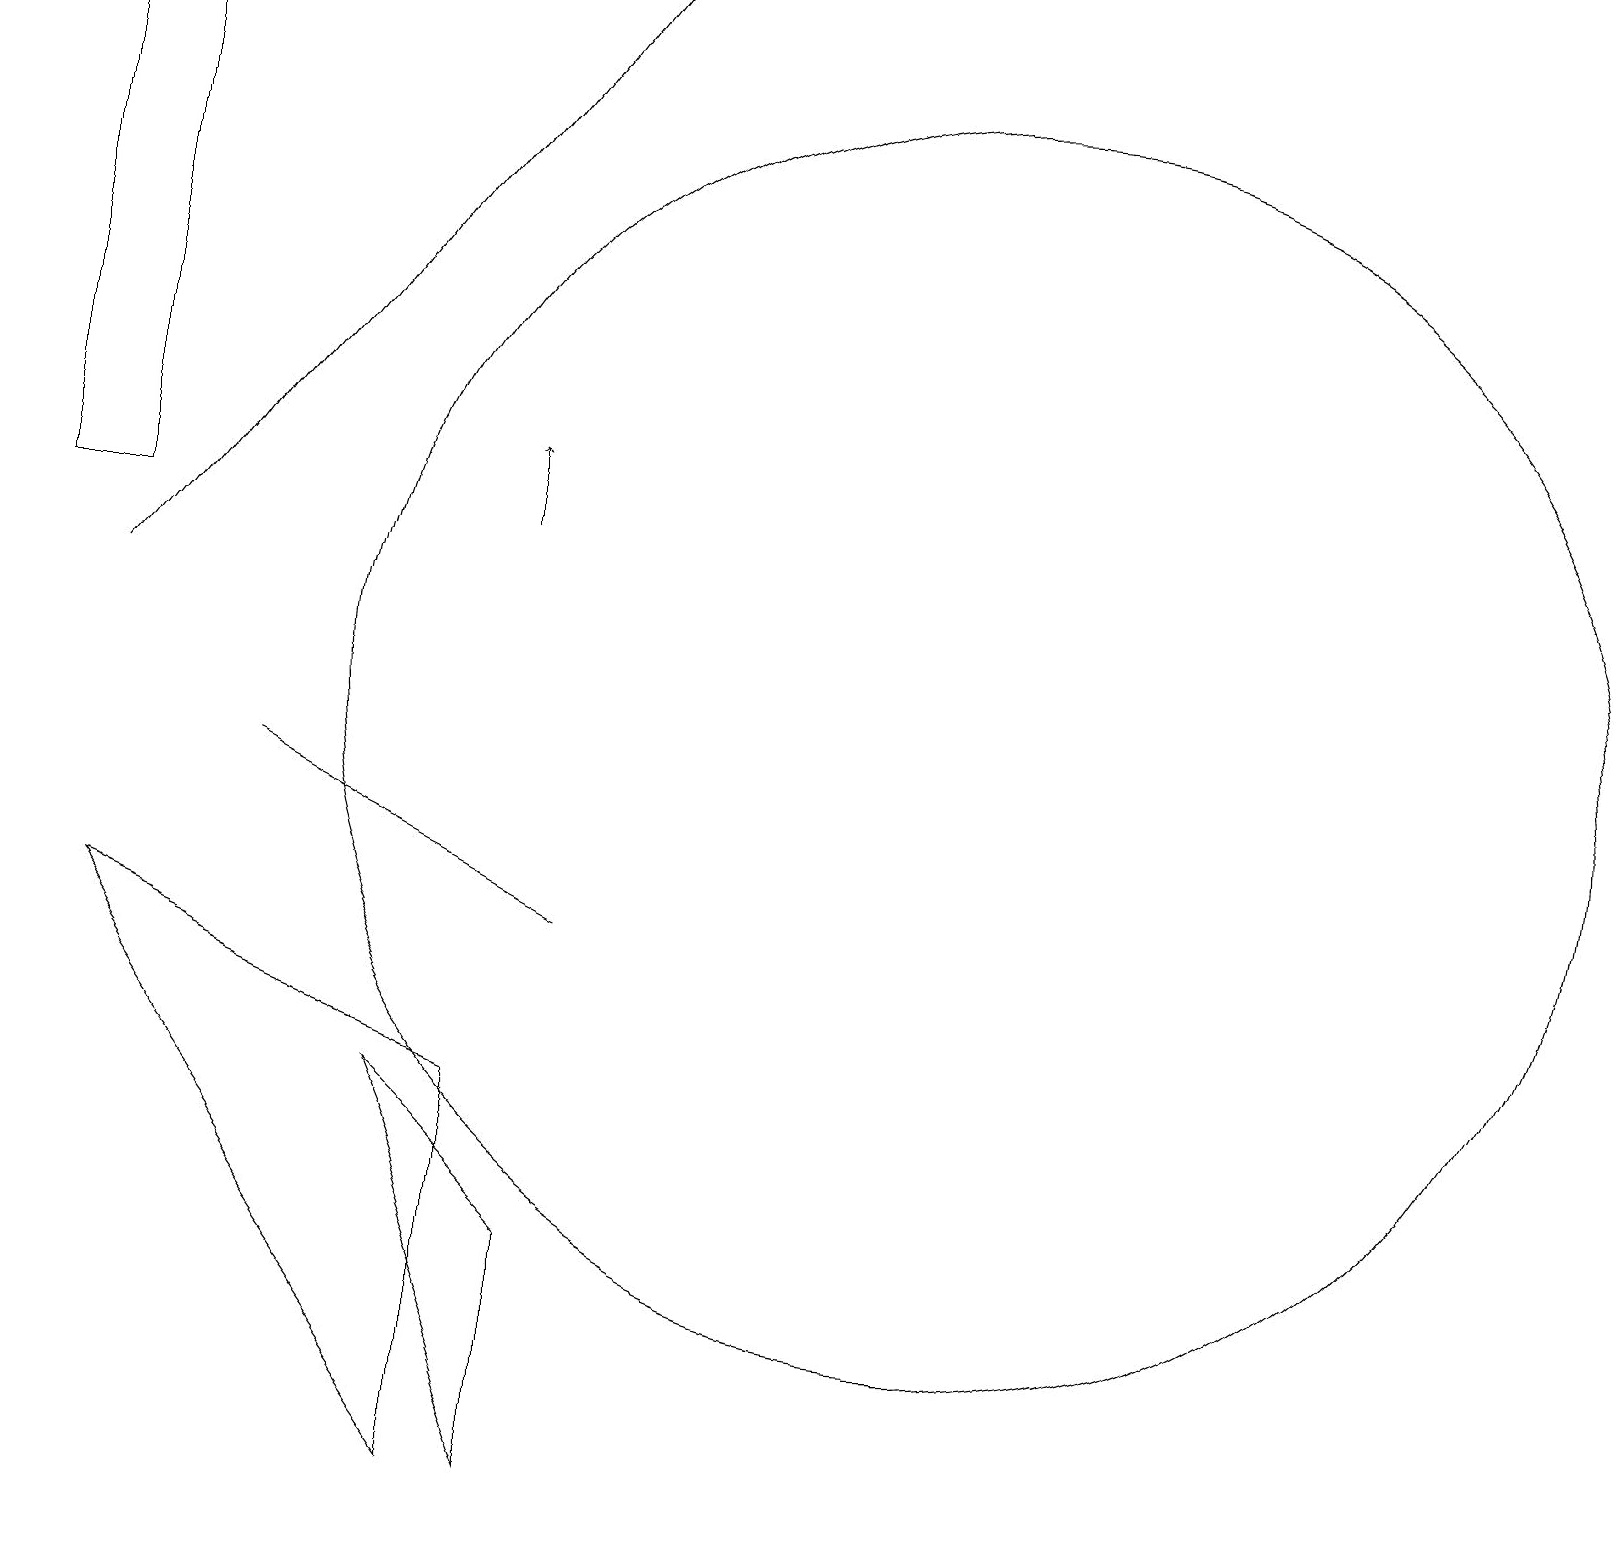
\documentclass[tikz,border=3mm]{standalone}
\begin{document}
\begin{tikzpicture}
\draw (7,7) -- (3,9) -- (5,8) -- cycle;
\draw[->] (6,12) -- (6,13);
\draw[->] (1,11) -- (7,19);
\draw (7,3) -- (7,0) -- (5,5) -- cycle;
\draw (12,10) circle (8);
\draw (1,7) -- (6,0) -- (6,5) -- cycle;
\draw (0,18) rectangle (1,12);
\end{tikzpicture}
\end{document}